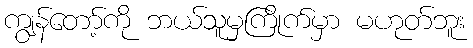
ကျွန်တော့်ကို ဘယ်သူမှကြိုက်မှာ မဟုတ်ဘူး